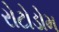
રોટોડોમ